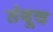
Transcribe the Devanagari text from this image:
तंबूच